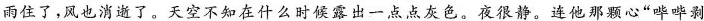
雨住了，风也消逝了。天空不知在什么时候露出一点点灰色。夜很静。连他那心”哗哗剥